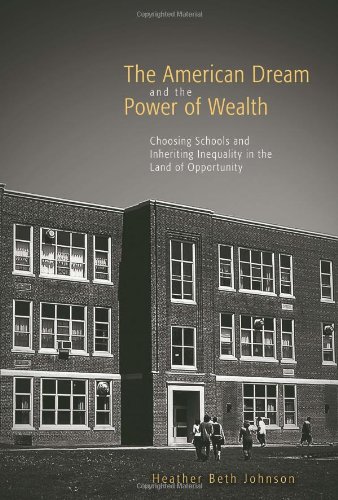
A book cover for The American Dream and the Power of Wealth: Choosing Schools and Inheriting Inequality in the Land of Opportunity; Heather Beth Johnson; Business & Money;